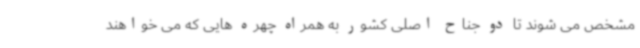
مشخص می شوند تا دو جناح اصلی کشور به همراه چهره هایی که می خواهند